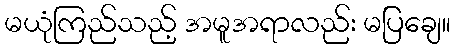
မယုံကြည်သည့် အမူအရာလည်း မပြချေ။